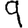
Digit: 9